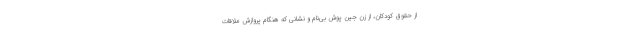
از حقوق کودکان، از زن جین پوش بی‌نام و نشانی که هنگام پروازش ملاقات